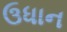
ઉધાન